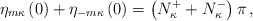
\begin{align*}\eta_{m\kappa}\left(0\right)+\eta_{-m\kappa}\left(0\right)=\left(N_\kappa^++N_\kappa^-\right)\pi\,,\end{align*}